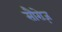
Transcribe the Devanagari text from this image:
सौरोज़